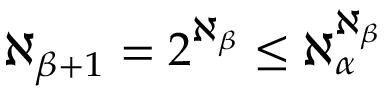
\aleph _ { \beta + 1 } = 2 ^ { \aleph _ { \beta } } \leq \aleph _ { \alpha } ^ { \aleph _ { \beta } }